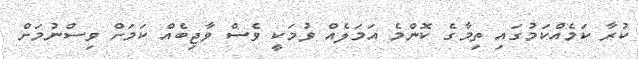
ކުރާ ކަމެއްކަމުގައި ތިމާގެ ކޮންމެ އަމަލެއް ވުމަކީ ވެސް ވާޖިބެއް ކަމަށް ވިސްނުމަށް